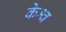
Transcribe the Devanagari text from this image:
केश्व